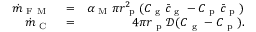
\begin{array} { r l r } { \dot { m } _ { \mathrm { ~ F ~ M ~ } } } & { { } = } & { \alpha _ { \mathrm { ~ M ~ } } \pi r _ { \mathrm { ~ p ~ } } ^ { 2 } ( C _ { \mathrm { ~ g ~ } } \bar { c } _ { \mathrm { ~ g ~ } } - C _ { \mathrm { ~ p ~ } } \bar { c } _ { \mathrm { ~ p ~ } } ) } \\ { \dot { m } _ { \mathrm { ~ C ~ } } } & { { } = } & { 4 \pi r _ { \mathrm { ~ p ~ } } \mathcal { D } ( C _ { \mathrm { ~ g ~ } } - C _ { \mathrm { ~ p ~ } } ) . } \end{array}